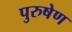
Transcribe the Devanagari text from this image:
पुरुषेण